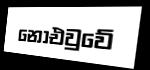
නොඑවුවේ